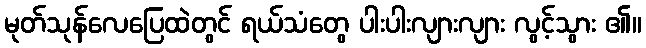
မုတ်သုန်လေပြေထဲတွင် ရယ်သံတွေ ပါးပါးလျားလျား လွင့်သွား ၏။